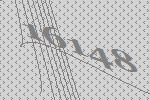
16148